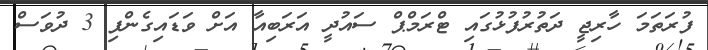
ފުރަތަމަ ހާރިޖީ ދަތުރުފުޅުގައި ޓްރަމްޕް ސައުދީ އަރަބިއާ އަށް ވަޑައިގެންފި 3 ދުވަސް